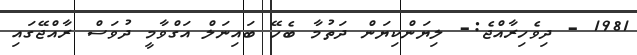
1981 - ދިވެހިރާއްޖެ:- ލިޔަންކިޔަން ދަތުމާ ބެހޭ ބައިނަލް އަގްވާމީ ދުވަސް ރާއްޖޭގައި